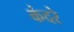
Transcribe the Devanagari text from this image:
कंदरे